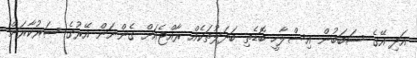
އަދި އޭގެ ސަބަބުން އިސްލާހީ ބޮޑެތި ބަދަލުތަކެއް ރާއްޖެއަށް ގެންނަން އޭރުގެ ސަރުކާރަށް